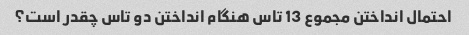
احتمال انداختن مجموع 13 تاس هنگام انداختن دو تاس چقدر است؟